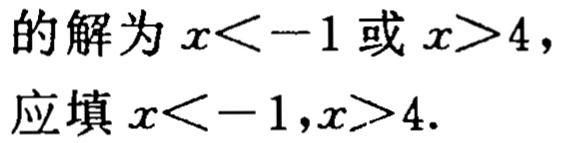
的解为\(x < -1\)或\(x > 4\)，
应填\(x < -1,x > 4\).